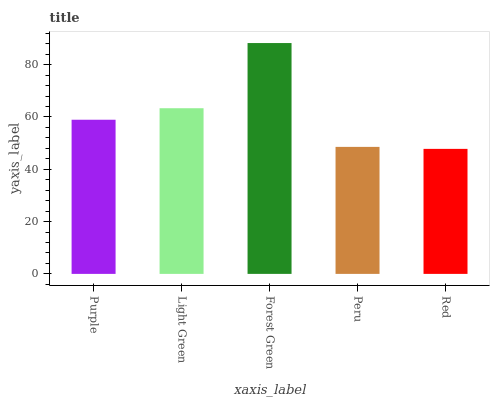
| xaxis_label | bars |
 | --- | --- |
 | Purple | 58.9 |
 | Light Green | 63.3 |
 | Forest Green | 88.3 |
 | Peru | 48.6 |
 | Red | 47.8 |